Indian journal of veterinary science and animal husbandry - Volumes 15-17, 1948-1951
Year: 1948
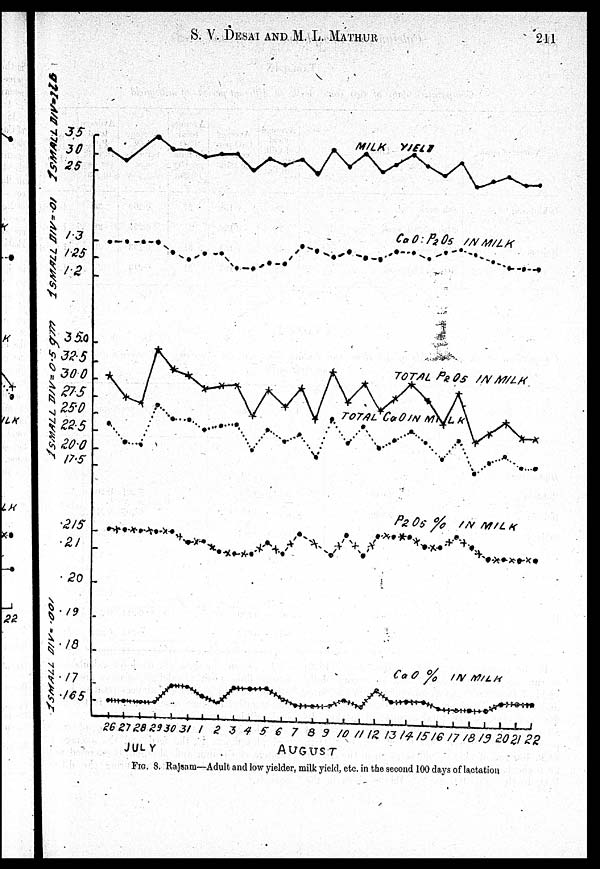
S. V. DESAI AND M. L.
MATHUR
211
FIG. 8. Rajsam—Adult and low yielder, milk yield, etc. in the second 100 days of lactation